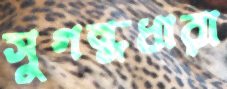
সুগন্ধধারা